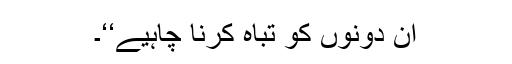
ان دونوں کو تباہ کرنا چاہیے‘‘۔